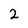
Character: 2